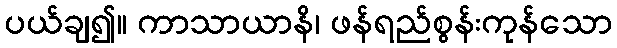
ပယ်ချ၍။ ကာသာယာနိ၊ ဖန်ရည်စွန်းကုန်သော